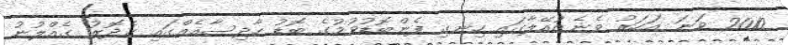
2010 ވަނަ އަހަރު ވެނެޒުއޭލާގައި ހިނގި ފެންބޮޑުވުމުގެ ބޮޑު ހާދިސާއެއްގައި ގެދޮރު ގެއްލުނު